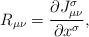
LaTeX: \begin{align*}R_{\mu\nu} = \frac{\partial J_{\mu\nu}^\sigma}{\partial x^\sigma},\end{align*}